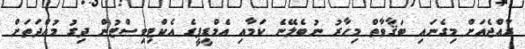
ރާއްޖެއަށް މިގެނައި ބަޤާވާތް މިހާރު ނުބެލޭނެ ކަމާއި އެމްޑީޕީގެ އެކްޓިވިސްޓުން ދިގު މުއްދަތަށް